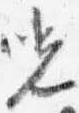
光